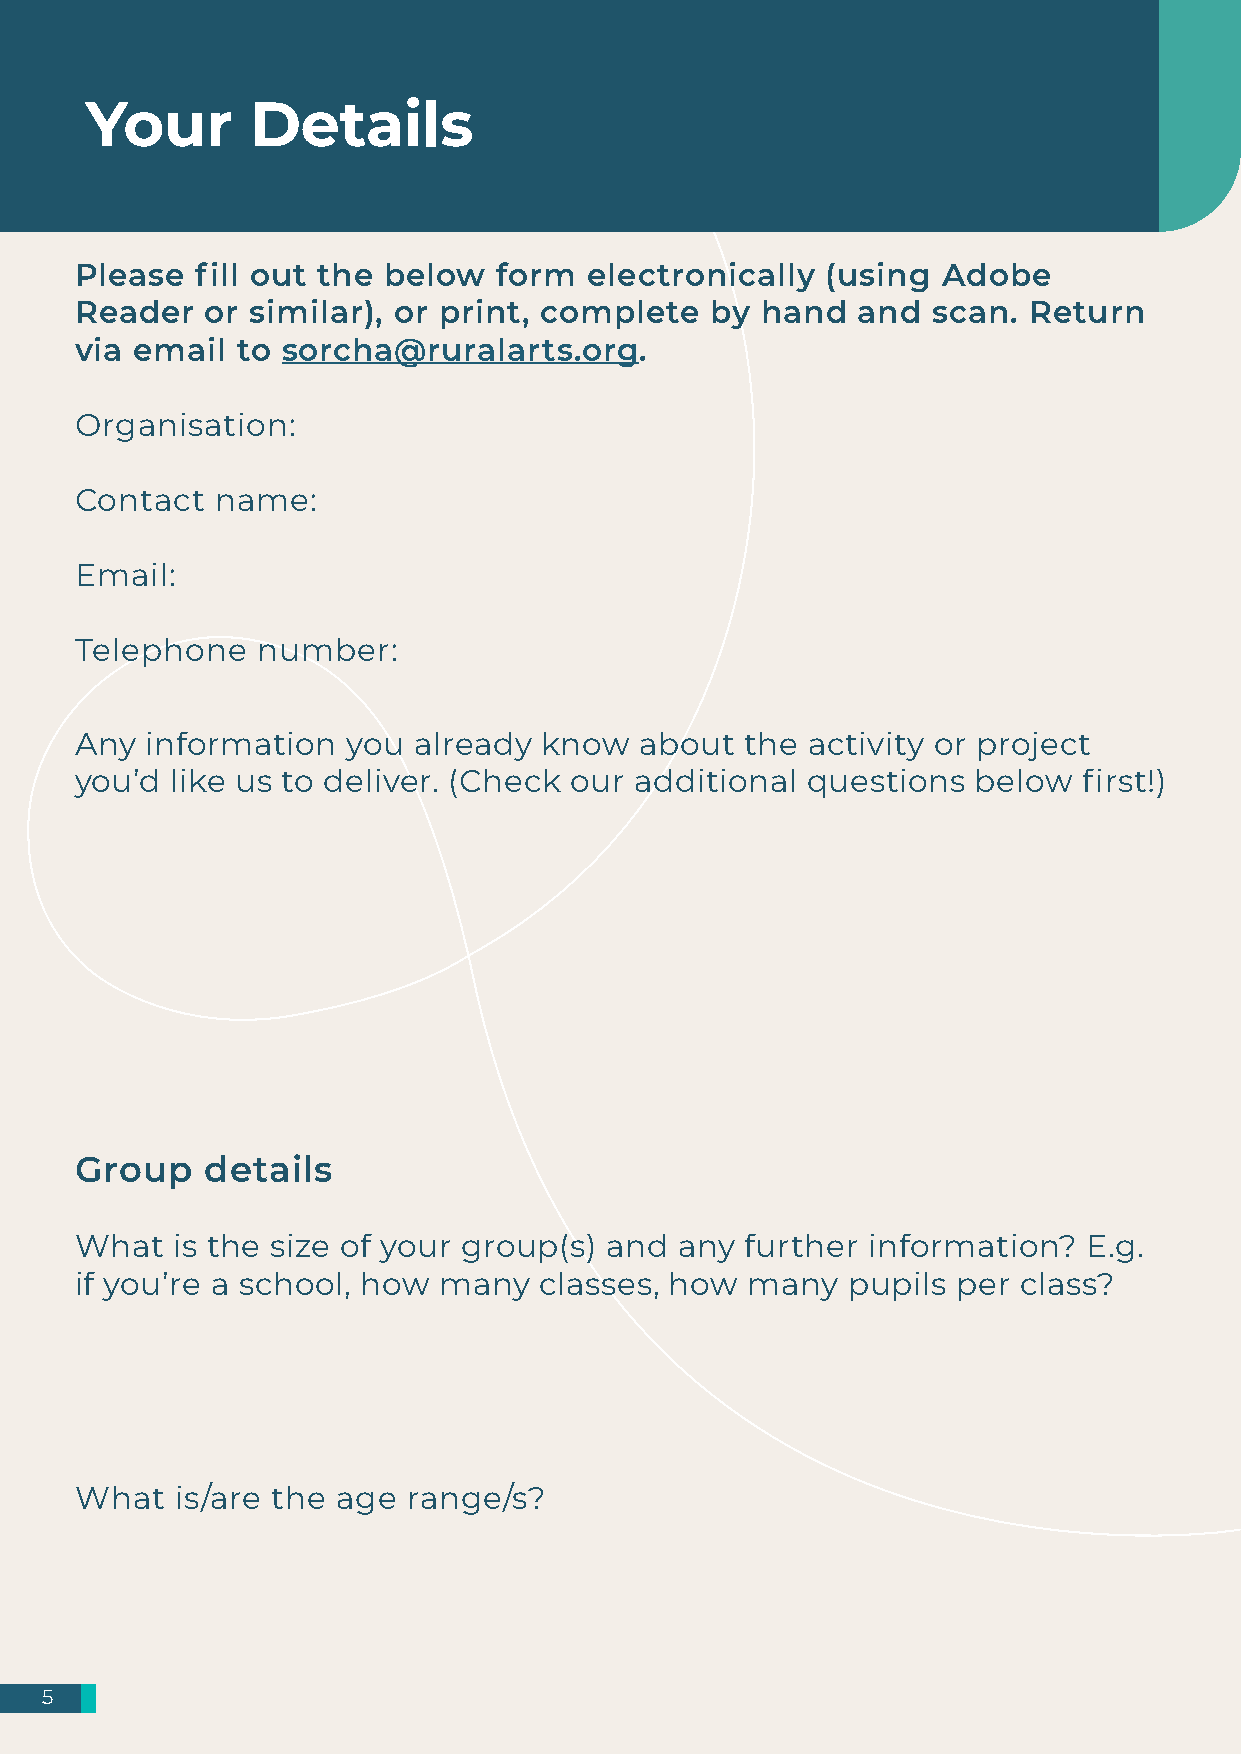
Your       Details
 Please  fill out the below  form  electronically  (using Adobe
 Reader   or similar), or print, complete  by hand   and  scan. Return
 via email  to sorcha@ruralarts.org.
 Organisation:
 Contact  name:
 Email:
 Telephone   number:
 Any  information  you already  know  about  the activity or project
 you’d like us to deliver. (Check our additional questions   below  first!)
 Group    details
 What  is the size of your group(s) and  any further information?   E.g.
 if you’re a school, how many   classes, how many   pupils per  class?
 What   is/are the age range/s?
 5